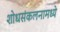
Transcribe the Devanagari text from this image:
शोधसंकलनामध्ये